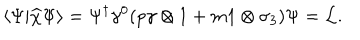
\langle \Psi \vert \widehat { \chi } \Psi \rangle = \Psi ^ { \dagger } \gamma ^ { 0 } ( p \gamma \otimes 1 + m 1 \otimes \sigma _ { 3 } ) \Psi = { \cal L } .